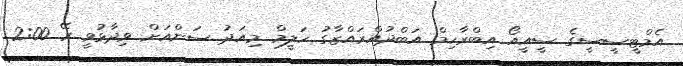
އެމްޓީސީސީގެ ސީއީއޯ އިބްރާހިމް އަބްދުއްރައްޒާގު ހަލީމް މިއަދު ސަންއަށް ވިދާޅުވީ ރޭ 2:00